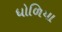
ધોળિયા